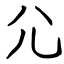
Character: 尣